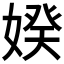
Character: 𡞳